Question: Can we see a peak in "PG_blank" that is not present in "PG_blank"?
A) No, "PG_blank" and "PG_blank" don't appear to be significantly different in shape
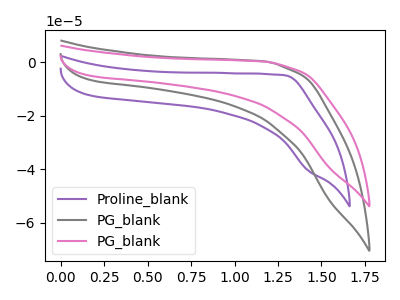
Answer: <think>The purple curve "Proline_blank" has no peaks. The gray curve "PG_blank" has no peaks. The pink curve "PG_blank" has no peaks.
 Neither "PG_blank" or "PG_blank" have any peaks.</think>
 <answer>A) No, "PG_blank" and "PG_blank" don't appear to be significantly different in shape</answer>
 <eval>A</eval>